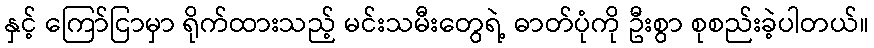
နှင့် ကြော်ငြာမှာ ရိုက်ထားသည့် မင်းသမီးတွေရဲ့ ဓာတ်ပုံကို ဦးစွာ စုစည်းခဲ့ပါတယ်။